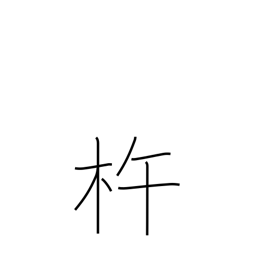
Meaning: wooden pestle